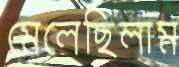
মেলেছিলাম